Report on horse surra - Volume II, Part II
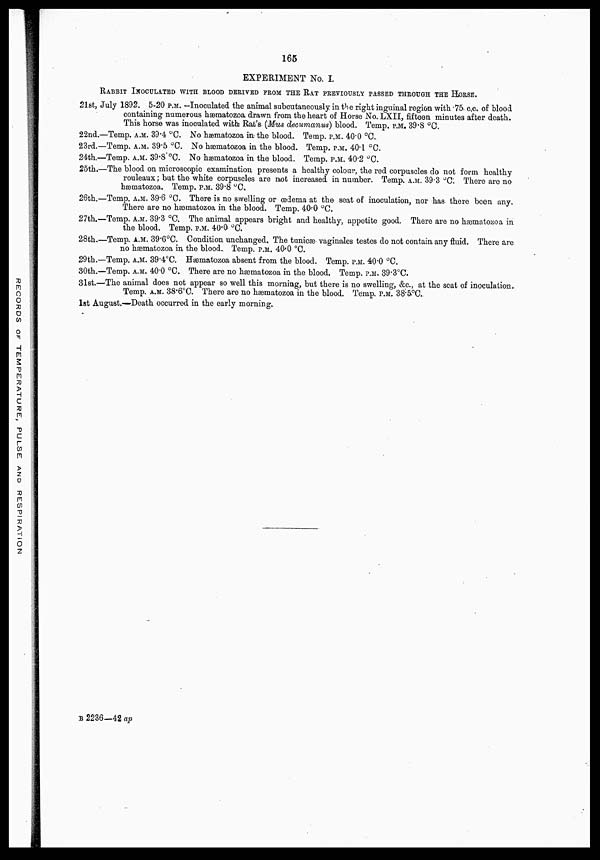
165
EXPERIMENT No. I.
RABBIT INOCULATED WITH BLOOD DERIVED FROM THE RAT PREVIOUSLY PASSED THROUGH THE HORSE.
21st, July 1892. 5-20 P.M. —Inoculated the animal subcutaneously in the right inguinal region with .75 c.c. of blood
containing numerous hæmatozoa drawn from the heart of Horse No. LXII, fifteen minutes after death.
This horse was inoculated with Rat's (Mus decumanus) blood. Temp. P.M. 39.8 °C.
22nd.—Temp. A.M. 39.4 °C. No hæmatozoa in the blood. Temp. P.M. 40.0 °C.
23rd.—Temp. A.M. 39.5 °C. No hæmatozoa in the blood. Temp. P.M. 40.1 °C.
24th.—Temp. A.M. 39.8 °C. No hæmatozoa in the blood. Temp, P.M. 40.2 °C.
25th.—The blood on microscopic examination presents a healthy colour, the red corpuscles do not form healthy
rouleaux; but the white corpuscles are not increased in number. Temp. A.M. 39.3 °C There are no
hæmatozoa. Temp. P.M. 39.8 °C
26th.—Temp. A.M. 39.6 °C. There is no swelling or œdema at the seat of inoculation, nor has there been any.
There are no hæmatozoa in the blood. Temp. 40.0 °C.
27th.—Temp. A.M. 39.3 °C. The animal appears bright and healthy, appetite good. There are no hæmatozoa in
the blood. Temp. P.M. 40.0 °C.
28th.—Temp. A.M. 39.6°C. Condition unchanged. The tunicæ vaginales testes do not contain any fluid. There are
no hæmatozoa in the blood.. Temp. P.M. 40. 0 °C.
29th.—Temp. A.M. 39.4ºC. Hæmatozoa absent from the blood. Temp. P.M. 40.0 °C.
30th.—Temp. A.M. 40.0 °C. There are no hæmatozoa in the blood. Temp. P.M. 39.3°C.
31st.—The animal does not appear so well this morning, but there is no swelling, &c., at the seat of inoculation.
Temp. A.M. 38.6ºC. There are no hæmatozoa in the blood. Temp. P.M. 38.5°C..
1st August.—Death occurred in the early morning.
B 2236—42 ap